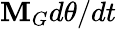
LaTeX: \mathbf{M}_{G}d\theta/dt